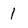
Character: 1